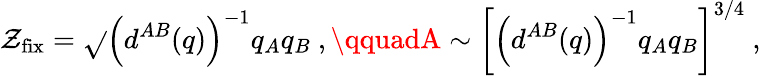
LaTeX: \mathcal{Z}_{\mathrm{{fix}}}=\sqrt{}{{\left(d^{AB}(q)\right)^{-1}q_{A}q_{B}}}\ ,\qquadA\sim\left[\left(d^{AB}(q)\right)^{-1}q_{A}q_{B}\right]^{3/4}\ ,